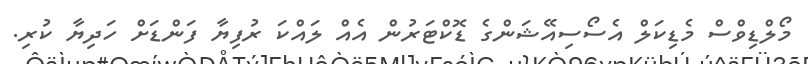
މޯލްޑިވްސް މެޑިކަލް އެސޯސިއޭޝަންގެ ޑޮކްޓަރުން އެއް ލައްކަ ރުފިޔާ ފަންޑަށް ހަދިޔާ ކުރި.